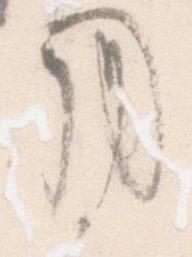
用